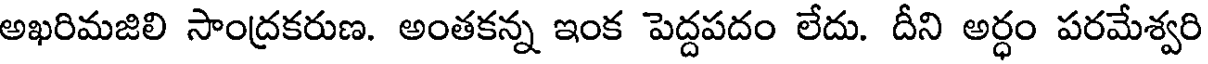
అఖరిమజిలి సాంద్రకరుణ. అంతకన్న ఇంక పెద్దపదం లేదు. దీని అర్ధం పరమేశ్వరి